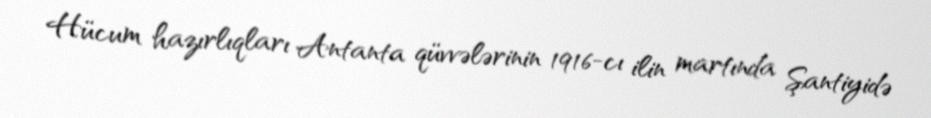
Hücum hazırlıqları Antanta qüvvələrinin 1916-cı ilin martında Şantiyidə